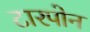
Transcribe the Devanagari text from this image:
टारपोन